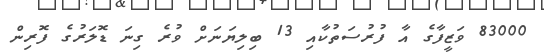
83000 ވަޒީފާގެ އާ ފުރުސަތުކާއި 13 ބިލިޔަނަށް ވުރެ ގިނަ ޑޮލަރުގެ ފޮރިން